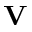
\mathbf { V }